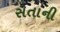
સતાની